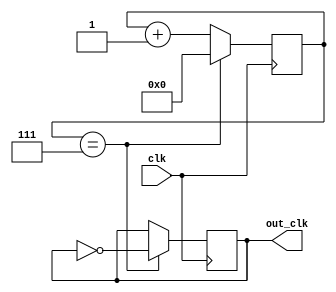
module ripple_counter (
  input clk,
  output reg out_clk
);

reg [7:0] count;

always @(posedge clk) begin
  if (count == 7) begin
    count <= 0;
    out_clk <= ~out_clk;
  end
  else begin
    count <= count + 1;
  end
end

endmodule